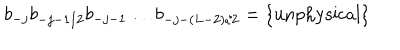
b _ { - j } b _ { - j - 1 / 2 } b _ { - j - 1 } \ldots b _ { - j - ( L - 2 ) / 2 } = \{ \mathrm { u n p h y s i c a l } \}